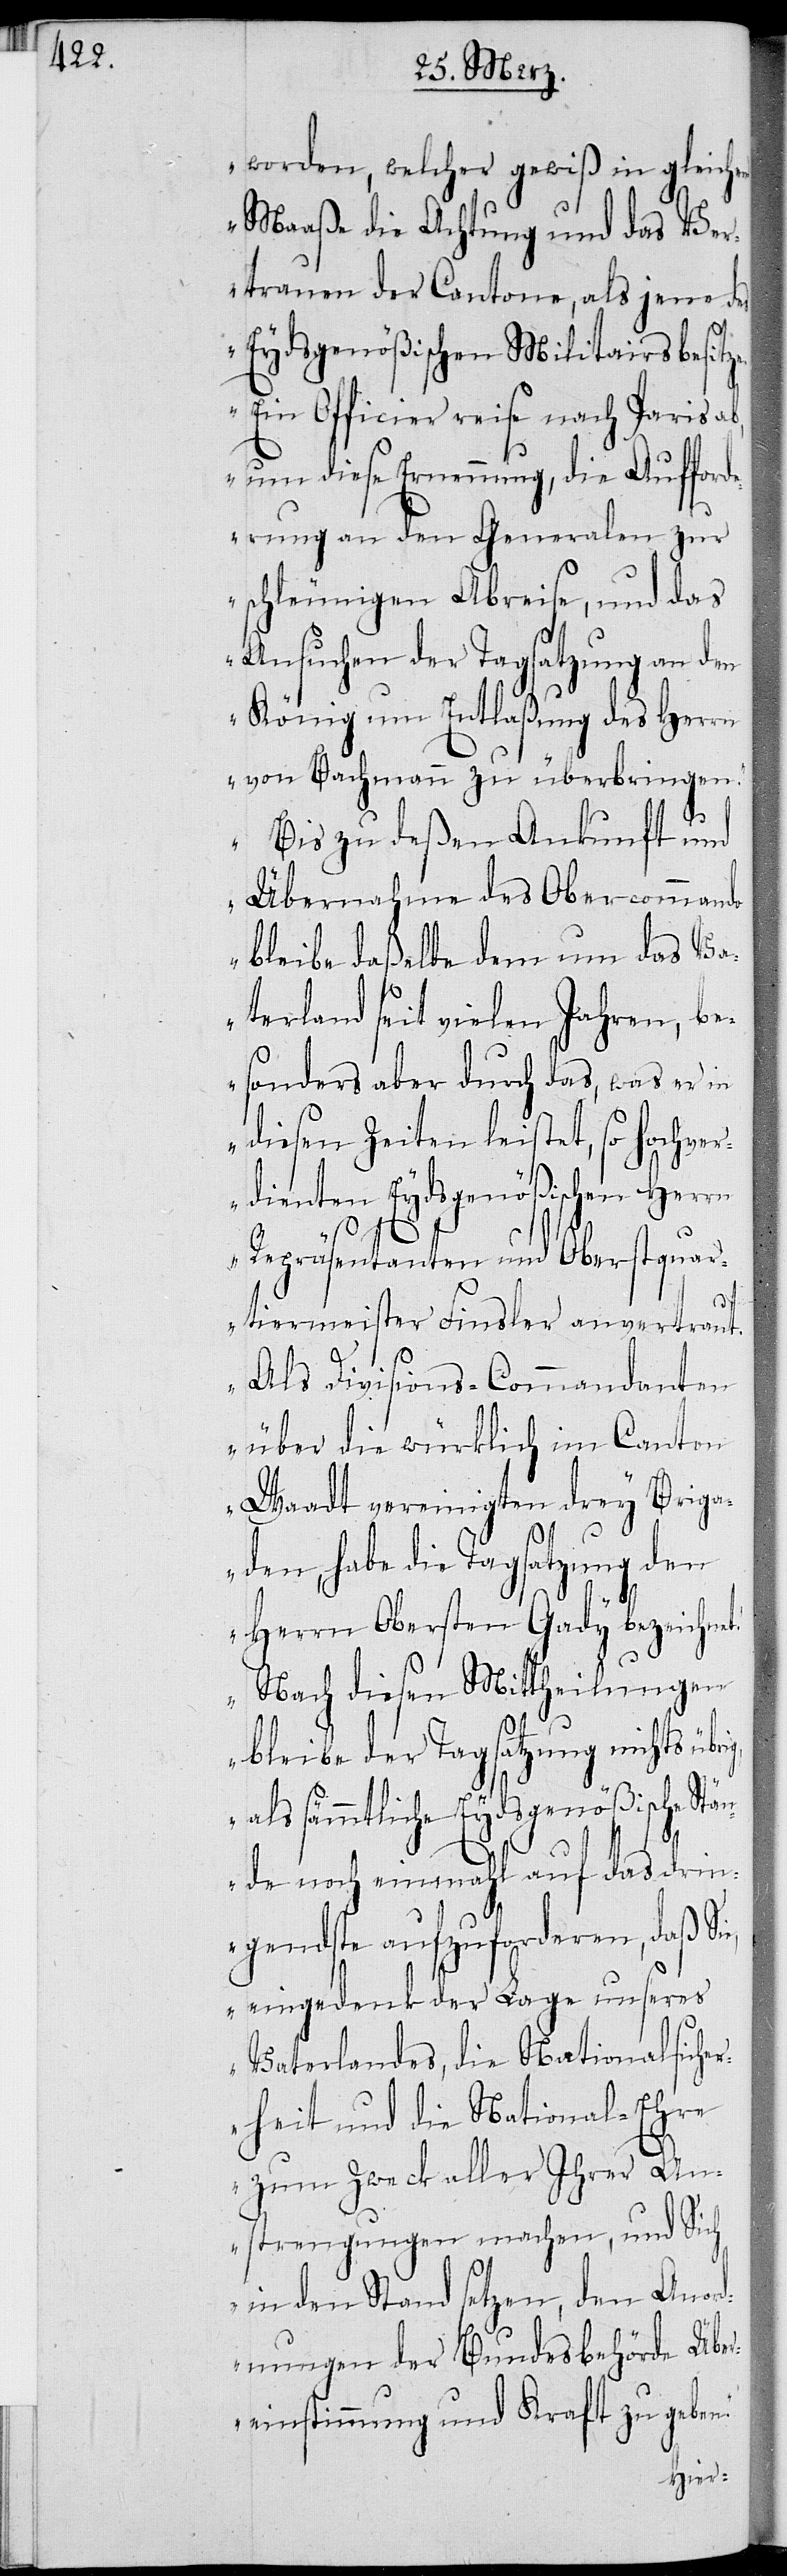
worden, welcher gewiß in gleichem
Maaße die Achtung und das Ver¬
trauen der Cantone, als jene des
Eydsgenößischen Militairs besitz¬
Ein Officier reise nach Paris ab,
um diese Ernennung, die Aufford¬
erung an den Generalen zur
schläunigen Abreise, und das
Ansuchen der Tagsatzung an den
König um Entlaßung des Herrn
von Bachmann zu überbringen.
Bis zu deßen Ankunft und
e.
Übernahme des Obercommando
bleibe daßelbe dem um das Va¬
terland seit vielen Jahren, be¬
sonders aber durch das, was er in
diesen Zeiten leistet, so hochver¬
dienten Eydsgenößichen Herrn
Repräsentanten und Oberstquar¬
tiermeister Finsler, anvertraut.
Als Divisions-Commandanten
über die würklich im Canton
Waadt vereinigten drey Briga¬
den, habe die Tagsatzung den
Herrn Obersten Gady bezeichne¬
Nach diesen Mittheilungen
t.
bleibe der Tagsatzung nichts
als sämmtliche Eydsgenößische Stä¬
nde noch einmahl auf das drin¬
gendste aufzuforderen, daß Si¬
e, eingedenk der Lage unseres
Vaterlandes, die Nationalsiche¬
rheit und die National-Ehre
zum Zweck aller Ihrer An¬
strengungen machen, und Sich
in den Stand setzen, den Anor¬
dnungen der Bundesbehörde Über¬
einstimmung und Kraft zu geben.“